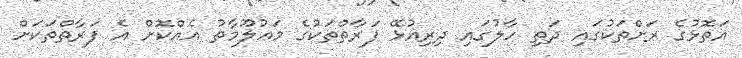
އަތޮޅުގެ ރަށްތަކުގައި ދަތި ހާލުގައި ދިރިއުޅޭ ފަރާތްތަކުގެ މަޢުލޫމާތު އެއްކޮށް އެ ފަރާތްތަކަށް